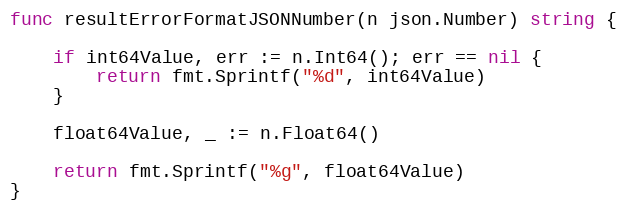
Language: Go
func resultErrorFormatJSONNumber(n json.Number) string {

	if int64Value, err := n.Int64(); err == nil {
		return fmt.Sprintf("%d", int64Value)
	}

	float64Value, _ := n.Float64()

	return fmt.Sprintf("%g", float64Value)
}